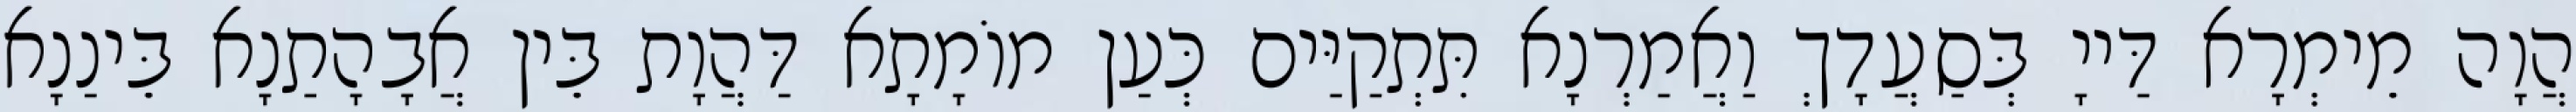
הֲוָה מֵימְרָא דַּייָ בְּסַעֲדָךְ וַאֲמַרְנָא תִּתְקַיַּים כְּעַן מוֹמָתָא דַּהֲוָת בֵּין אֲבָהָתַנָא בֵּינַנָא